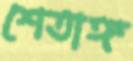
শেতাঙ্গ